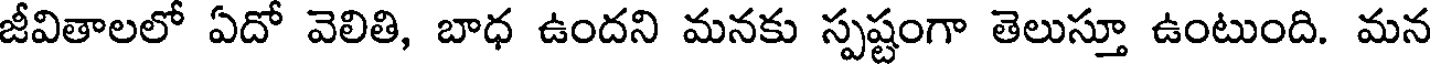
జీవితాలలో ఏదో వెలితి, బాధ ఉందని మనకు స్పష్టంగా తెలుస్తూ ఉంటుంది. మన